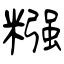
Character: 糨